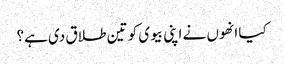
کیا انھوں نے اپنی بیوی کو تین طلاق دی ہے؟